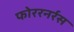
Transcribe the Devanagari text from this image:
फोररनर्रस